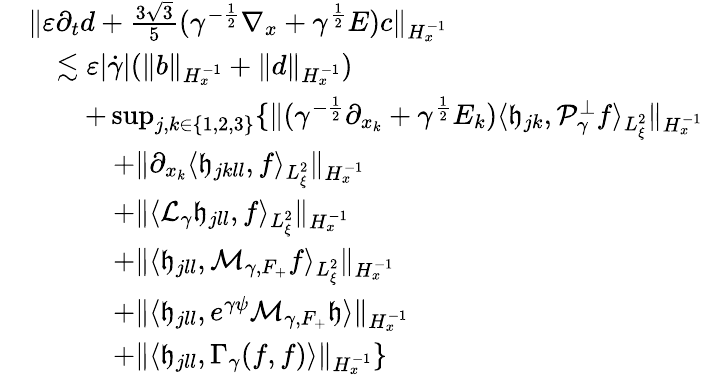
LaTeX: \begin{array}{rl}&{\| \varepsilon\partial_{t}d+\frac{3\sqrt{3}}{5}(\gamma^{-\frac{1}{2}}\nabla_{x}+\gamma^{\frac{1}{2}}E)c\| _{H_{x}^{-1}}}\\ &{\quad\lesssim\varepsilon|\dot{\gamma}|(\| b\| _{H_{x}^{-1}}+\| d\| _{H_{x}^{-1}})}\\ &{\quad\quad+\operatorname*{sup}_{j,k\in\{ 1,2,3\} }\{ \| (\gamma^{-\frac{1}{2}}\partial_{x_{k}}+\gamma^{\frac{1}{2}}E_{k})\langle\mathfrak h_{jk},\mathcal P_{\gamma}^{\perp}f\rangle_{L_{\xi}^{2}}\| _{H_{x}^{-1}}}\\ &{\quad\quad\quad+\| \partial_{x_{k}}\langle\mathfrak h_{jkll},f\rangle_{L_{\xi}^{2}}\| _{H_{x}^{-1}}}\\ &{\quad\quad\quad+\| \langle\mathcal L_{\gamma}\mathfrak h_{jll},f\rangle_{L_{\xi}^{2}}\| _{H_{x}^{-1}}}\\ &{\quad\quad\quad+\| \langle\mathfrak h_{jll},\mathcal M_{\gamma,F_{+}}f\rangle_{L_{\xi}^{2}}\| _{H_{x}^{-1}}}\\ &{\quad\quad\quad+\| \langle\mathfrak h_{jll},e^{\gamma\psi}\mathcal M_{\gamma,F_{+}}\mathfrak h\rangle\| _{H_{x}^{-1}}}\\ &{\quad\quad\quad+\| \langle\mathfrak h_{jll},\Gamma_{\gamma}(f,f)\rangle\| _{H_{x}^{-1}}\} }\end{array}